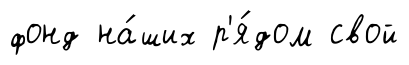
фонд на́ших р'я́дом свой